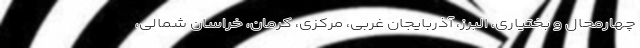
چهارمحال و بختیاری، البرز، آذربایجان غربی، مرکزی، کرمان، خراسان شمالی،